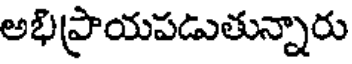
అభిప్రాయపడుతున్నారు